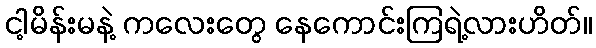
ငါ့မိန်းမနဲ့ ကလေးတွေ နေကောင်းကြရဲ့လားဟိတ်။